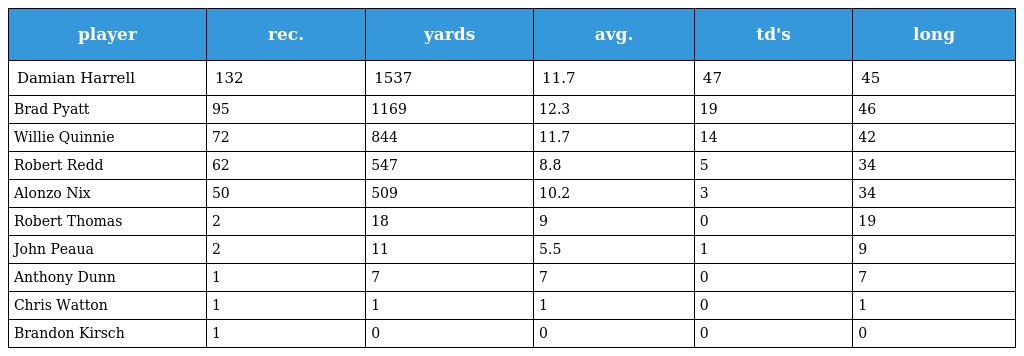
| player | rec. | yards | avg. | td's | long |
 | --- | --- | --- | --- | --- | --- |
 | Damian Harrell | 132 | 1537 | 11.7 | 47 | 45 |
 | Brad Pyatt | 95 | 1169 | 12.3 | 19 | 46 |
 | Willie Quinnie | 72 | 844 | 11.7 | 14 | 42 |
 | Robert Redd | 62 | 547 | 8.8 | 5 | 34 |
 | Alonzo Nix | 50 | 509 | 10.2 | 3 | 34 |
 | Robert Thomas | 2 | 18 | 9 | 0 | 19 |
 | John Peaua | 2 | 11 | 5.5 | 1 | 9 |
 | Anthony Dunn | 1 | 7 | 7 | 0 | 7 |
 | Chris Watton | 1 | 1 | 1 | 0 | 1 |
 | Brandon Kirsch | 1 | 0 | 0 | 0 | 0 |